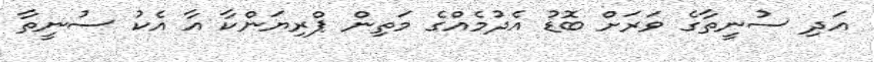
އަދި ސުނީތާގެ ވަރަށް ބޮޑު އެދުމެއްގެ މަތިން ޕްރިޔަންކާ އާ އެކު ސުނީތާ